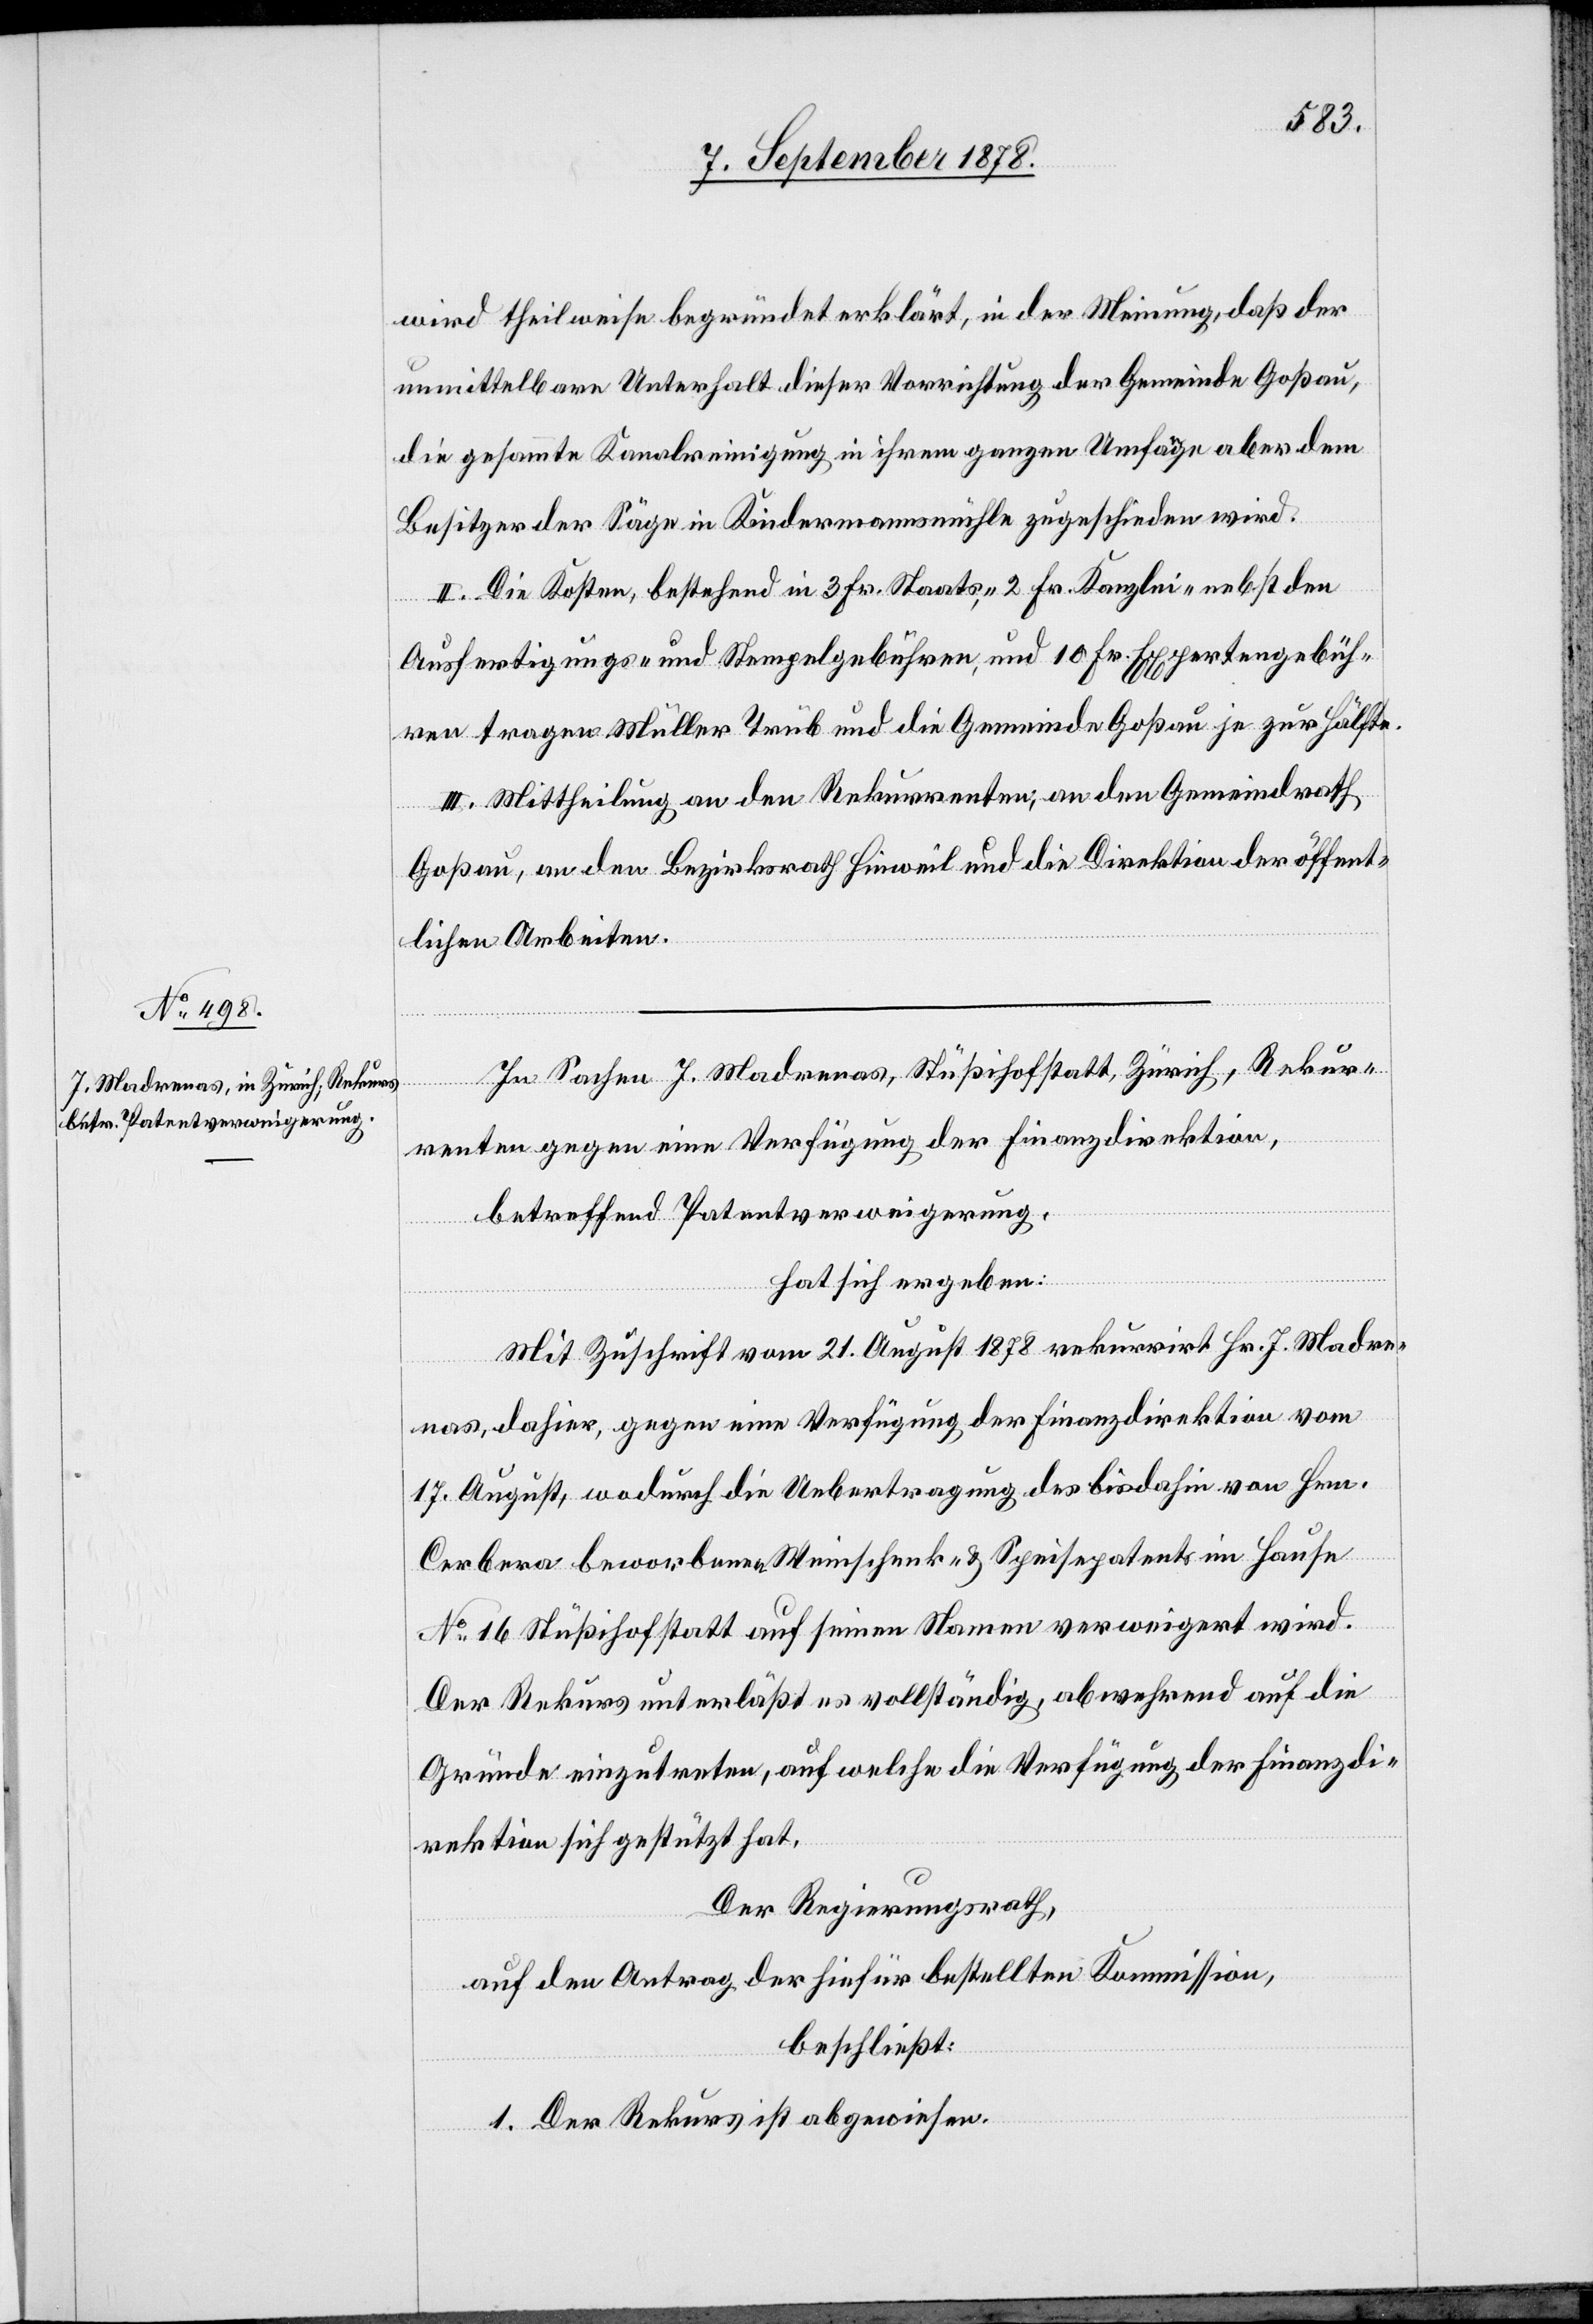
wird theilweise begründet erklärt, in der Meinung, daß der
unmittelbare Unterhalt dieser Vorrichtung der Gemeinde Goßau,
die gesammte Kanalreinigung in ihrem ganzen Umfange aber dem
Besitzer der Säge in Kindermannsmühle zugeschieden wird.
II. Die Kosten, bestehend in 3 Fr. Staats-, 2 Fr. Kanzlei- nebst den
Ausfertigungs- und Stempelgebühren, und 10 Fr. Expertengebüh¬
ren tragen Müller Trüb und die Gemeinde Goßau je zur Hälfte.
III. Mittheilung an den Rekurrenten; an den Gemeindrath
Goßau, an den Bezirksrath Hinweil und die Direktion der öffent¬
lichen Arbeiten.
In Sachen J. Madrenas, Stüßihofstatt, Zürich, Rekur¬
renten gegen eine Verfügung der Finanzdirektion,
betreffend Patentverweigerung,
hat sich ergeben:
Mit Zuschrift vom 21. August 1878 rekurrirt Hr. J. Madre¬
nas, dahier, gegen eine Verfügung der Finanzdirektion vom
17. August, wodurch die Uebertragung des bis dahin von Hrn.
Cerbera beworbenen Weinschenk- & Speisepatents im Hause
No 16 Stüßihofstatt auf seinen Namen verweigert wird.
Der Rekurs unterläßt es vollständig, abwehrend auf die
Gründe einzutreten, auf welche die Verfügung der Finanzdi¬
rektion sich gestützt hat.
Der Regierungsrath,
auf den Antrag der hiefür bestellten Kommission,
beschließt:
1. Der Rekurs ist abgewiesen.